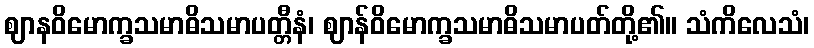
ဈာနဝိမောက္ခသမာဓိသမာပတ္တီနံ၊ ဈာန်ဝိမောက္ခသမာဓိသမာပတ်တို့၏။ သံကိလေသံ၊